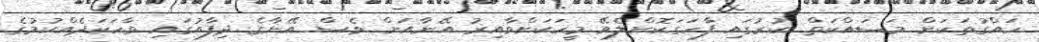
ހައްގުތަކަށް މަސައްކަތް ކުރުގައި ފާހަގަކޮށްލެވޭ މީހަަކަށްވާއިރު އޭނާއަށް ވެސް އޭނާގެ ދިފާއުގައި ވާހަކަދެއްކުމުގެ